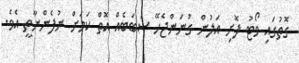
ގޮތުގައި ވޯޓު ފޮށި އަލުން ގުނަންޖެހޭ ސަބަބެއް އޮތް ކަމަށް ނުފެންނާތީ އެވެ.